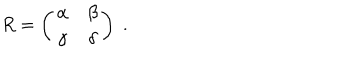
R = \left( \begin{array} { c c } { { \alpha } } & { { \beta } } \\ { { \gamma } } & { { \delta } } \\ \end{array} \right) \; .